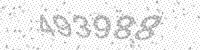
Solution: 493988